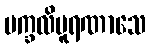
မက္ခလိပူရဏာသေ